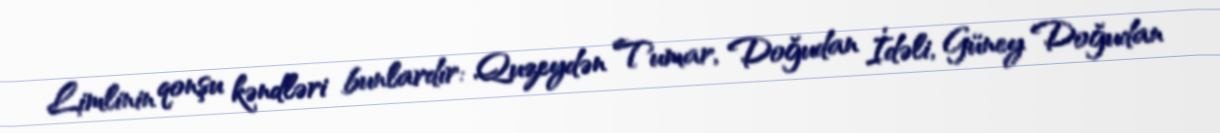
Limlinin qonşu kəndləri bunlardır: Quzeydən Tumar, Doğudan İdəli, Güney Doğudan